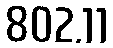
802.11